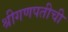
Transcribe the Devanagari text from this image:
श्रीगणपतीची